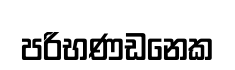
පරිභණඩනෙක